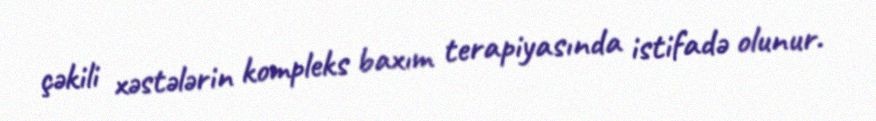
çəkili xəstələrin kompleks baxım terapiyasında istifadə olunur.